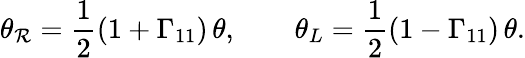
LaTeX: \theta_{\mathcal{R}}={\frac{{1}}{{2}}}(1+\Gamma_{11})\, \theta,\qquad\theta_{L}={\frac{{1}}{{2}}}(1-\Gamma_{11})\, \theta.